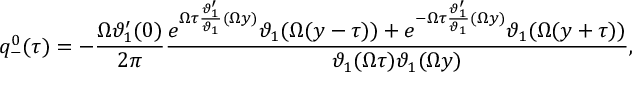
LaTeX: q _ { - } ^ { 0 } ( \tau ) = - \frac { \Omega \vartheta _ { 1 } ^ { \prime } ( 0 ) } { 2 \pi } \frac { e ^ { \Omega \tau \frac { \vartheta _ { 1 } ^ { \prime } } { \vartheta _ { 1 } } ( \Omega y ) } \vartheta _ { 1 } ( \Omega ( y - \tau ) ) + e ^ { - \Omega \tau \frac { \vartheta _ { 1 } ^ { \prime } } { \vartheta _ { 1 } } ( \Omega y ) } \vartheta _ { 1 } ( \Omega ( y + \tau ) ) } { \vartheta _ { 1 } ( \Omega \tau ) \vartheta _ { 1 } ( \Omega y ) } ,